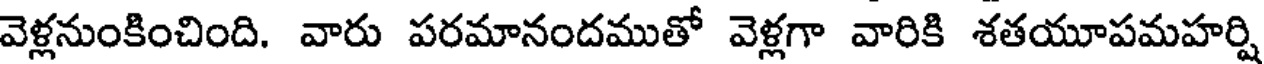
వెళ్లనుంకించింది. వారు పరమానందముతో వెళ్లగా వారికి శతయూపమహర్షి